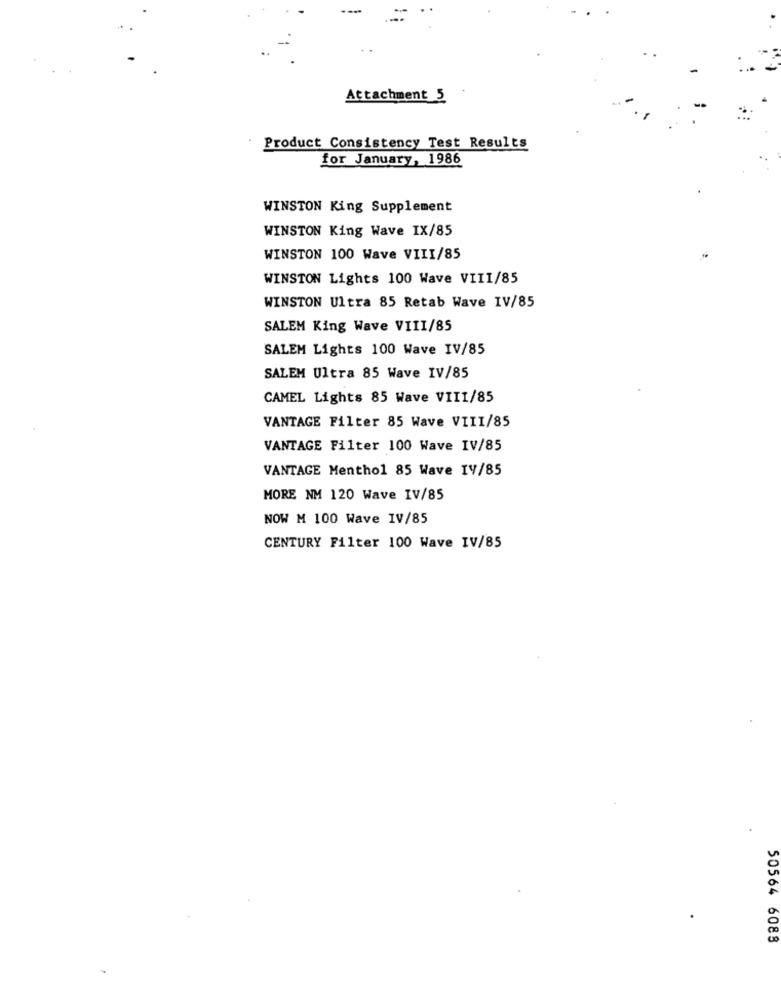
Attachment 5
Product Consistency Test Results
for January, 1986
WINSTON King Supplement
WINSTON King Wave IX/85
WINSTON 100 Wave VIII/85
WINSTON Lights 100 Wave VIII/85
WINSTON Ultra 85 Retab Wave IV/85
SALEM King Wave VIII/85
SALEM Lights 100 Wave IV/85
SALEM Ultra 85 Wave IV/85
CAMEL Lights 85 Wave VIII/85
VANTAGE Filter 85 Wave VIII/85
VANTAGE Filter 100 Wave IV/85
VANTAGE Menthol 85 Wave IV/85
MORE NM 120 Wave IV/85
NOW M 100 Wave IV/85
CENTURY Filter 100 Wave IV/85
50564 6088